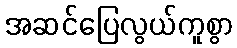
အဆင်ပြေလွယ်ကူစွာ